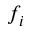
f _ { i }